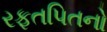
રફતપિતનો